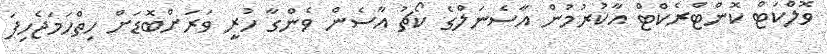
ވޮލްކަޓް ކޮންޓްރެކްޓް އާކުރުމުން އާސެނަލްގެ ކޯޗު އާސެން ވެންގާ ހުރީ ވަރަށްބޮޑަށް ހިތްހަމަޖެހިފަ